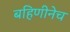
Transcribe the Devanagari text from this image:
बहिणीनेच